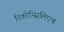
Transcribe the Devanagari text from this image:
रिकोन्सिलिएश्न